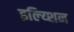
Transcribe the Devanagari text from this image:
इल्य्शिन